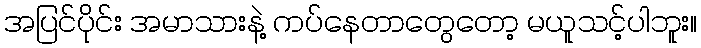
အပြင်ပိုင်း အမာသားနဲ့ ကပ်နေတာတွေတော့ မယူသင့်ပါဘူး။